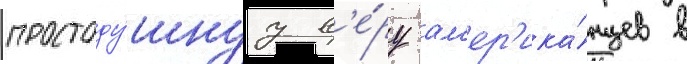
простоду́шнуу в'е́ру ам'ер'ика́нцев в